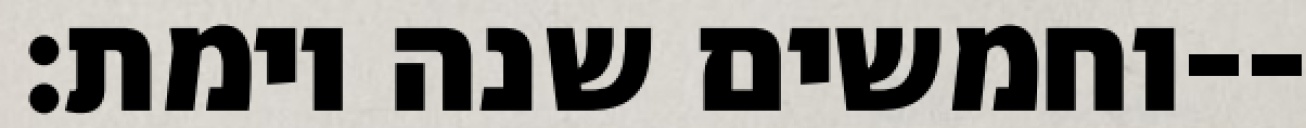
וחמשים שנה וימת׃--